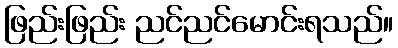
ဖြည်းဖြည်း ညင်ညင်မောင်းရသည်။